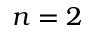
n = 2